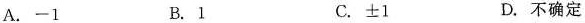
A.-1 B.1 C.\pm 1 D.不确定